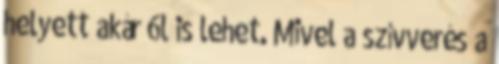
helyett akár 6l is lehet. Mivel a szívverés a